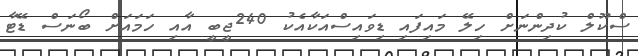
ސްކޫލް ކުދިންނަށް ހިލޭ މައިފައި ޑިވައިސްއަކާއެކު 240ޖީބީ އާއި ހަމައަށް ބޯނަސް ޑޭޓާ